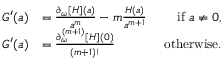
\begin{array} { r } { \begin{array} { r l r } { G ^ { \prime } ( a ) } & { = \frac { \partial _ { \omega } [ H ] ( a ) } { a ^ { m } } - m \frac { H ( a ) } { a ^ { m + 1 } } ~ } & { \mathrm { i f ~ } a \neq 0 , } \\ { G ^ { \prime } ( a ) } & { = \frac { \partial _ { \omega } ^ { ( m + 1 ) } [ H ] ( 0 ) } { ( m + 1 ) ! } ~ } & { \mathrm { o t h e r w i s e } . } \end{array} } \end{array}